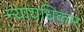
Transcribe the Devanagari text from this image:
न्यायधिकार